Vaccine operations Central Provinces & Berar 1922-1929 - 1922-1929
Year: 1922
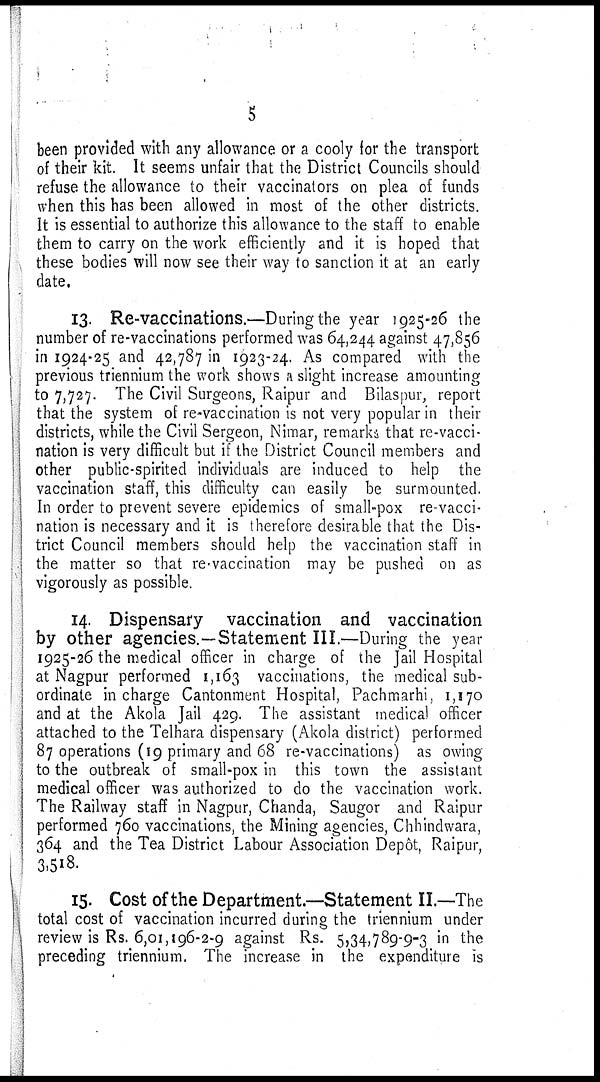
5
been provided with any allowance or a cooly for the transport
of their kit. It seems unfair that the District Councils should
refuse the allowance to their vaccinators on plea of funds
when this has been allowed in most of the other districts.
It is essential to authorize this allowance to the staff to enable
them to carry on the work efficiently and it is hoped that
these bodies will now see their way to sanction it at an early
date.
13. Re-vaccinations.—During the year 1925-26 the
number of re-vaccinations performed was 64,244 against 47,856
in 1924-25 and 42,787 in 1923-24. As compared with the
previous triennium the work shows a slight increase amounting
to 7,727. The Civil Surgeons, Raipur and Bilaspur, report
that the system of re-vaccination is not very popular in their
districts, while the Civil Sergeon, Nimar, remarks that re-vacci-
nation is very difficult but if the District Council members and
other public-spirited individuals are induced to help the
vaccination staff, this difficulty can easily be surmounted.
In order to prevent severe epidemics of small-pox re-vacci-
nation is necessary and it is therefore desirable that the Dis-
trict Council members should help the vaccination staff in
the matter so that re-vaccination may be pushed on as
vigorously as possible.
14. Dispensary vaccination and vaccination
by other agencies.—Statement III.—During the year
1925-26 the medical officer in charge of the Jail Hospital
at Nagpur performed 1,163 vaccinations, the medical sub-
ordinate in charge Cantonment Hospital, Pachmarhi, 1,170
and at the Akola Jail 429. The assistant medical officer
attached to the Telhara dispensary (Akola district) performed
87 operations (19 primary and 68 re-vaccinations) as owing
to the outbreak of small-pox in this town the assistant
medical officer was authorized to do the vaccination work.
The Railway staff in Nagpur, Chanda, Saugor and Raipur
performed 760 vaccinations, the Mining agencies, Chhindwara,
364 and the Tea District Labour Association Depôt, Raipur,
3,518.
15. Cost of the Department.—Statement II.—-The
total cost of vaccination incurred during the triennium under
review is Rs. 6,01,196-2-9 against Rs. 5,34,789-9-3 in the
preceding triennium. The increase in the expenditure is